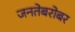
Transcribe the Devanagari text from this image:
जनतेबरोबर